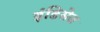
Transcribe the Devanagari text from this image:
इंडिसेज